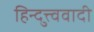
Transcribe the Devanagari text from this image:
हिन्दुत्त्ववादी